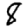
Digit: 8